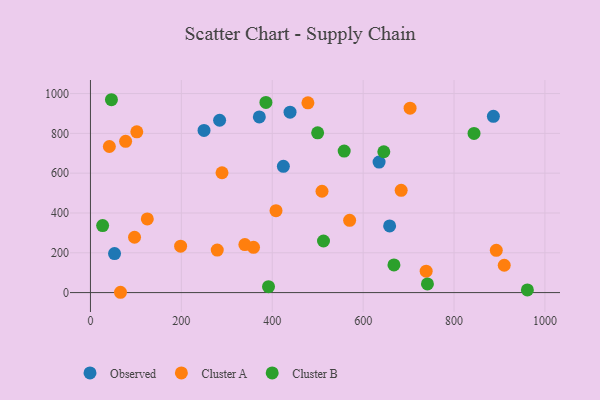
{"axis": {"x": "Price", "y": "Exam Score"}, "legend": ["Cluster A", "Cluster B", "Observed"], "data": [{"x": "635.1", "y": 655.9, "type": "Observed"}, {"x": "886.6", "y": 885.7, "type": "Observed"}, {"x": "284.2", "y": 865.8, "type": "Observed"}, {"x": "658.3", "y": 335.1, "type": "Observed"}, {"x": "439.2", "y": 906.7, "type": "Observed"}, {"x": "371.6", "y": 882.8, "type": "Observed"}, {"x": "424.5", "y": 634.3, "type": "Observed"}, {"x": "53.0", "y": 196.1, "type": "Observed"}, {"x": "249.9", "y": 814.9, "type": "Observed"}, {"x": "358.8", "y": 227.4, "type": "Cluster A"}, {"x": "66.1", "y": 1.6, "type": "Cluster A"}, {"x": "910.5", "y": 137.3, "type": "Cluster A"}, {"x": "570.3", "y": 362.9, "type": "Cluster A"}, {"x": "289.5", "y": 602.2, "type": "Cluster A"}, {"x": "683.7", "y": 513.7, "type": "Cluster A"}, {"x": "339.8", "y": 241.1, "type": "Cluster A"}, {"x": "509.5", "y": 509.1, "type": "Cluster A"}, {"x": "893.0", "y": 212.4, "type": "Cluster A"}, {"x": "478.5", "y": 953.4, "type": "Cluster A"}, {"x": "703.3", "y": 926.3, "type": "Cluster A"}, {"x": "125.1", "y": 370.3, "type": "Cluster A"}, {"x": "97.0", "y": 278.0, "type": "Cluster A"}, {"x": "279.0", "y": 213.4, "type": "Cluster A"}, {"x": "102.0", "y": 807.8, "type": "Cluster A"}, {"x": "77.4", "y": 759.8, "type": "Cluster A"}, {"x": "198.4", "y": 233.4, "type": "Cluster A"}, {"x": "738.7", "y": 107.6, "type": "Cluster A"}, {"x": "408.3", "y": 411.4, "type": "Cluster A"}, {"x": "41.6", "y": 734.0, "type": "Cluster A"}, {"x": "26.8", "y": 336.9, "type": "Cluster B"}, {"x": "645.5", "y": 707.6, "type": "Cluster B"}, {"x": "512.8", "y": 259.3, "type": "Cluster B"}, {"x": "741.5", "y": 43.7, "type": "Cluster B"}, {"x": "844.0", "y": 799.8, "type": "Cluster B"}, {"x": "499.9", "y": 802.6, "type": "Cluster B"}, {"x": "46.2", "y": 969.0, "type": "Cluster B"}, {"x": "386.1", "y": 955.4, "type": "Cluster B"}, {"x": "391.8", "y": 29.6, "type": "Cluster B"}, {"x": "558.3", "y": 710.9, "type": "Cluster B"}, {"x": "667.8", "y": 139.0, "type": "Cluster B"}, {"x": "961.4", "y": 13.2, "type": "Cluster B"}]}